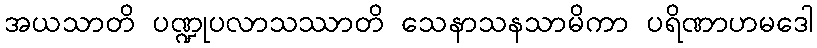
အယသာတိ ပဏ္ဍုပလာသဿာတိ သေနာသနသာမိကာ ပရိဏာဟမဒေါ